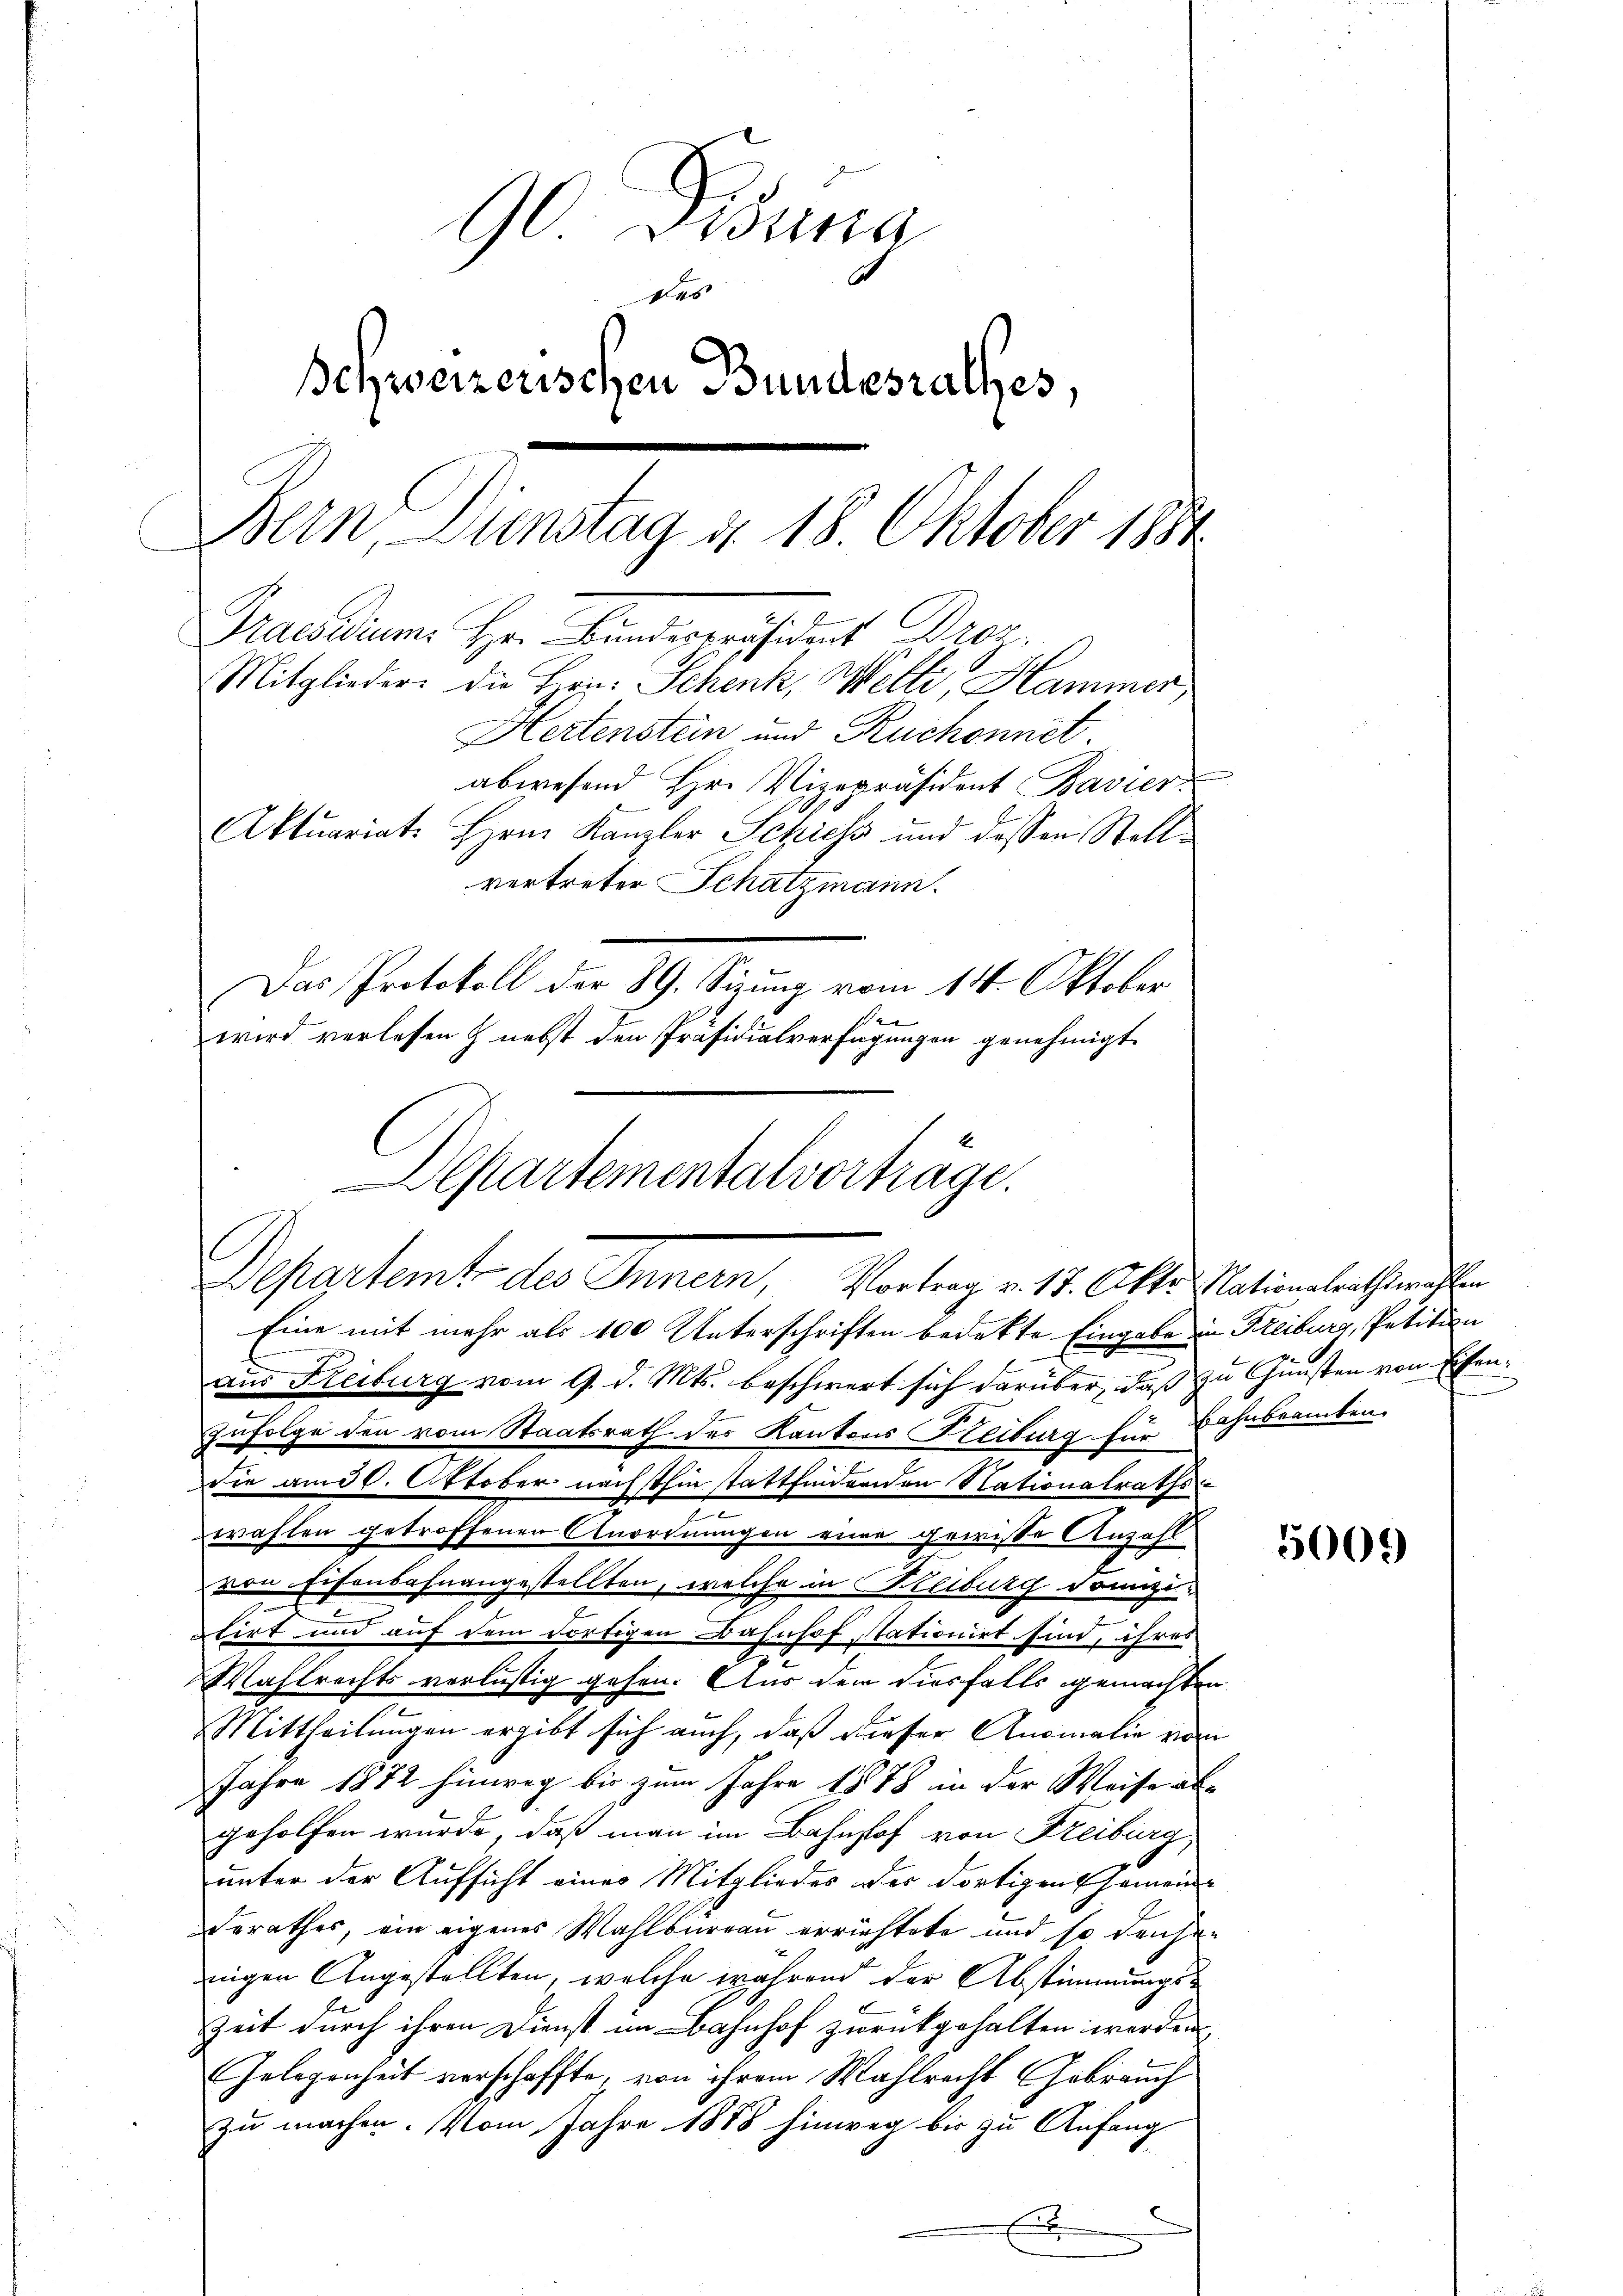
90 Disena
des
Schweizerischen Bundesrathes,
Bern. Dienstag d. 18. Oktober 1884
Graedium. Her Bundesverändent Dro
Mitglieder die Hrn. Schenk, Welte, Hammer,
Hertensten und Ruchonnet
abwesend Hr. Vizepräsident Bavier
Aktuariats Hrn. Kanzler Schiess und dessen Stellvertreter Schatzmann.
Das Protokoll der 89. Sitzung vom 14. Oktober
wird verlesen & nebst den Präsidialverfügungen genehmigt

Departementalvortrage.
Departemt des Innern, Vortrag v. 17. Okto Nationalrathswahlen
Eine mit mehr als 100 Unterschriften bedekte Eingabe in Freiburg, Petition

aus Fleiburg vom 9. d. Mts. beschwert sich darüber, daß zu Gunsten von Eisen¬
Zufolge den vom Staatsrath des Kantons Kleiburg für Bahnbeamten.
die am 30. Oktober nächsthin stattfindenden Nationalraths
t
wrahten getroffenen Anordnungen eine gewisse Anzahl
von Eisenbahnangestellten, welche in Reiburg dannzu
lirt und auf dem dortigen Bahnhof stationirt sind, ihres
Wahlrechts verlustig gehen. Aus dem diesfalls gemachten
Mittheilungen ergibt sich auch, daß dieser Anomalie von
Jahre 1872 hinweg bis zum Jahre 1878 in der Weise ab-
geholfen wurde, daß man im Bahnhof von Freiburg,
unter der Aufsicht eines Mitgliedes der dortigen Gemeinderathes, ein eigenes Wahlbureau errichtete und so densenigen Angestellten, welche während der Abstimmungs¬
Zeit durch ihren Dienst im Bahnhof zurückgehalten werden.
Gelegenheit verschaffte, von ihrem Wahlrecht Gebrauch
zu machen. Vom Jahre 1888 hinweg bis zu Anfang
E

5005